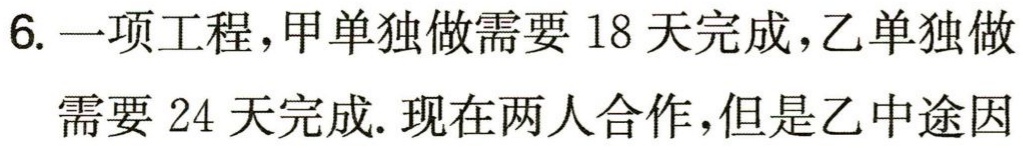
6. 一项工程，甲单独做需要 18 天完成，乙单独做需要 24 天完成. 现在两人合作，但是乙中途因